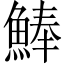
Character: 𩸮